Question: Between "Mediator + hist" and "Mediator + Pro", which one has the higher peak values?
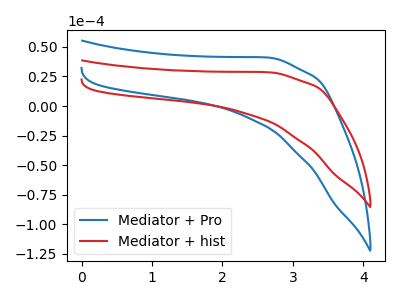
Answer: <think>The blue curve "Mediator + Pro" has no peaks. The red curve "Mediator + hist" has no peaks.</think>
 <answer>Niether CV has any peaks.</answer>
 <eval>blanks</eval>